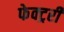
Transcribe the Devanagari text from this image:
फेक्ट्ररी